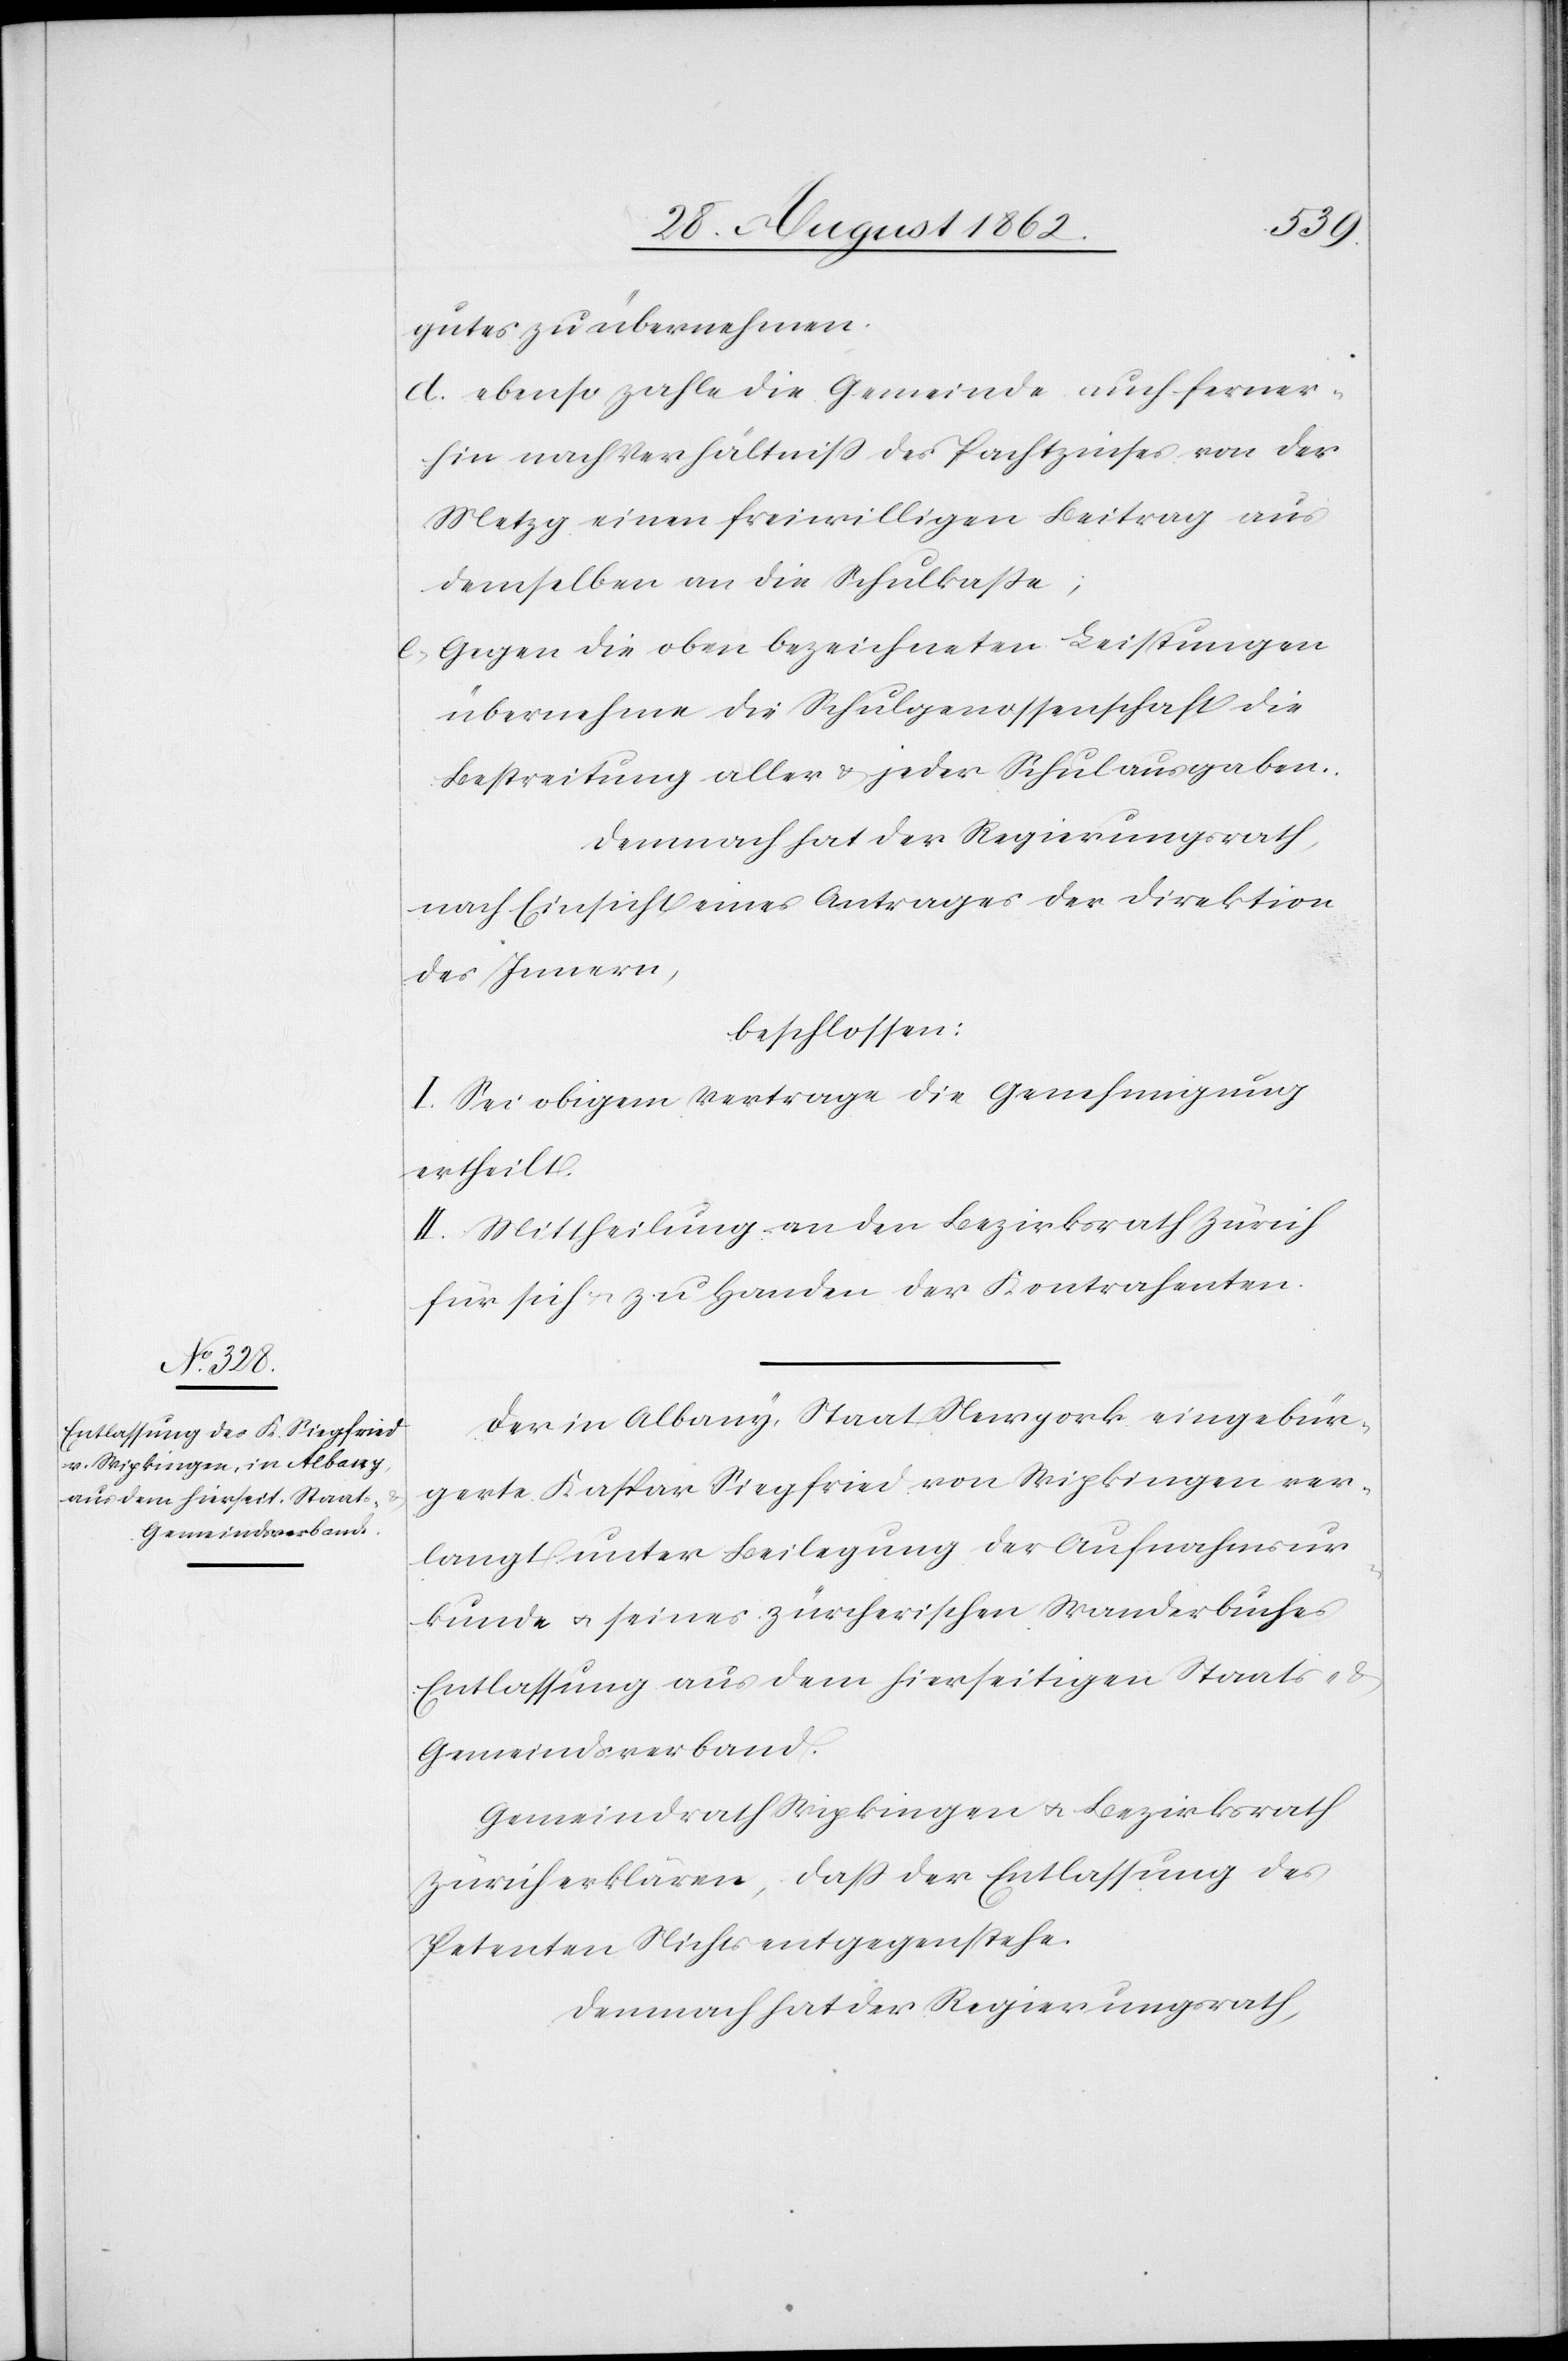
gutes zu übernehmen.
d. ebenso zahle die Gemeinde auch ferner¬
hin nach Verhältniß des Pachtzinses von der
Metzg einen freiwilligen Beitrag aus
demselben an die Schulkaße;
e. gegen die oben bezeichneten Leistungen
übernehme die Schulgenossenschaft die
Bestreitung aller u. jeder Schulausgaben.
Demnach hat der Regierungsrath,
nach Einsicht eines Antrages der Direktion
des Innern,
beschlossen:
I. Sei obigem Vertrage die Genehmigung
ertheilt.
II. Mittheilung an den Bezirksrath Zürich
für sich u. zu Handen der Kontrahenten.
Der in Albany, Staats Newyork eingebür¬
gerte Kaspar Siegried von Wipkingen ver¬
langt unter Beilegung der Aufnahmsur¬
kunde u. seines zürcherischen Wanderbuches
Entlassung aus dem hierseitigen Staats- u.
Gemeindsverband.
Gemeindrath Wipkingen u. Bezirksrath
Zürich erklären, daß der Entlassung des
Petenten Nichts entgegenstehe.
Demnach hat der Regierungsrath,